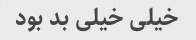
خیلی خیلی بد بود